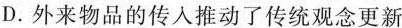
D.外来物品的传入推动了传统观念更新